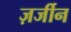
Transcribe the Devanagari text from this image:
ज़र्जीन